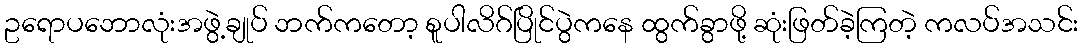
ဥရောပဘောလုံးအဖွဲ့ချုပ် ဘက်ကတော့ စူပါလိဂ်ပြိုင်ပွဲကနေ ထွက်ခွာဖို့ ဆုံးဖြတ်ခဲ့ကြတဲ့ ကလပ်အသင်း